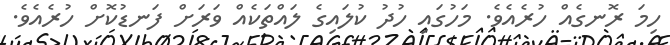
ހިމަ ރޮނގެއް ހުރެއެވެ. މަހުގައި ހުދު ކުލައިގެ ލައްތަކެއް ވަރަށް ފަނޑުކޮށް ހުރެއެވެ.